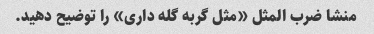
منشا ضرب المثل «مثل گربه گله داری» را توضیح دهید.